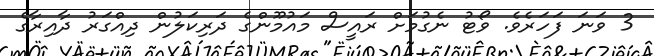
3 ވަނަ ފަހަރެވެ. ވޯޓު ނެގުމަށް ރައީސް މައުމޫންގެ ދަރިކަލުން ދިއްގަރު ދާއިރާގެ